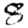
Digit: 8